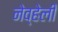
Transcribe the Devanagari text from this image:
नेव्हेली